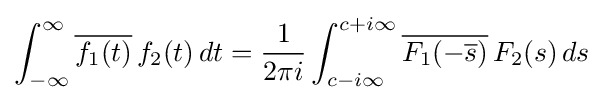
\int _{-\infty }^{\infty }{\overline {f_{1}(t)}}\,f_{2}(t)\,dt={\frac {1}{2\pi i}}\int _{c-i\infty }^{c+i\infty }{\overline {F_{1}(-{\overline {s}})}}\,F_{2}(s)\,ds